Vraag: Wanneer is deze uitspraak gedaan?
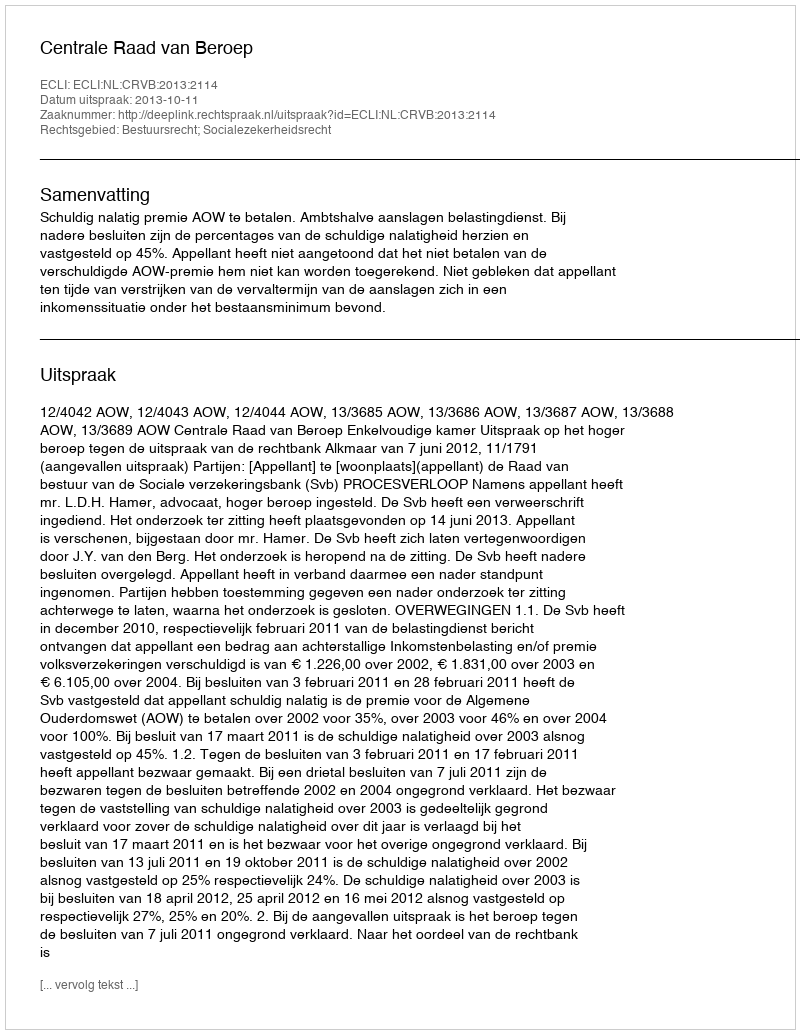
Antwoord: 2013-10-11